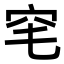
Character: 𥤭